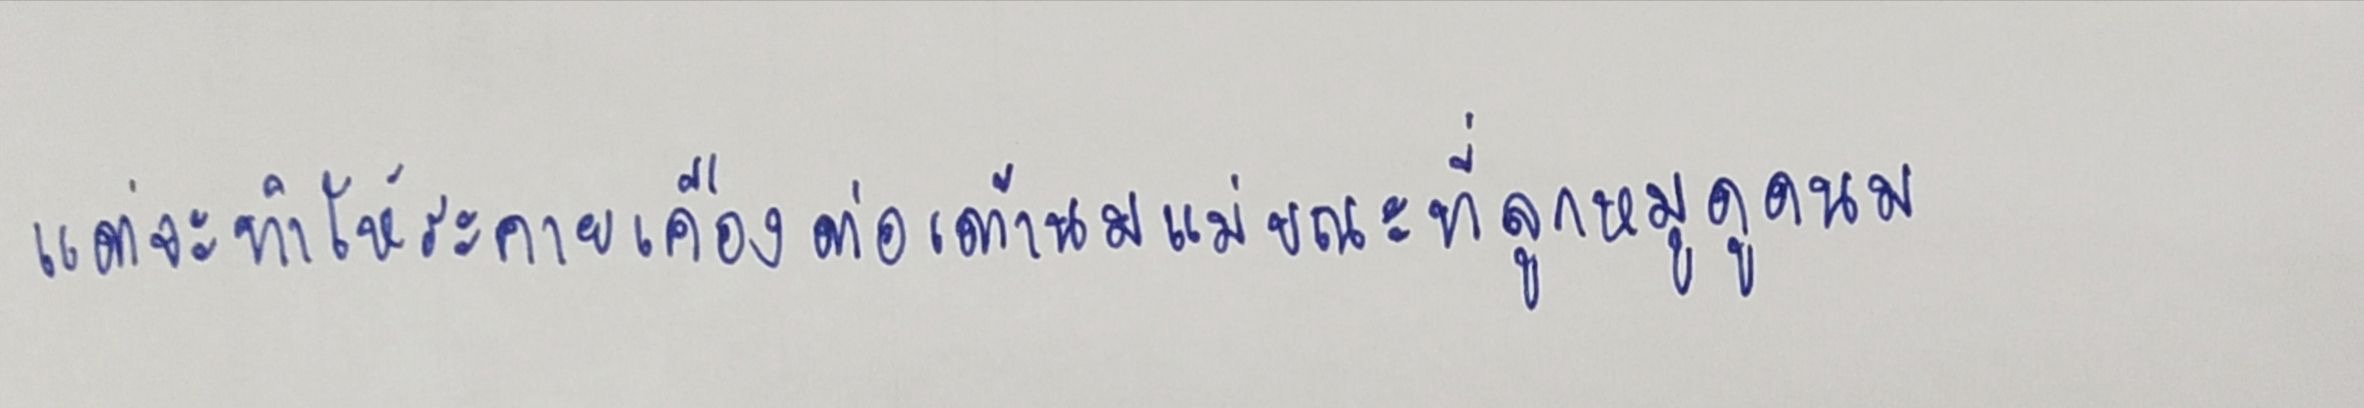
แต่จะทำให้ระคายเคืองต่อเต้านมแม่ขณะที่ลูกหมูดูดนม